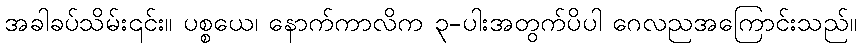
အခါခပ်သိမ်း၎င်း။ ပစ္စယေ၊ နောက်ကာလိက ၃-ပါးအတွက်ပိပါ ဂေလညအကြောင်းသည်။